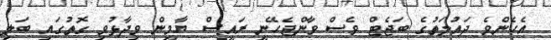
އެހެންވެ ދައުލަތުގެ ބަޖެޓް ވެސް ވާންޖެހޭނީ ރައީސް ޔާމީން ވިދާޅުވި ގޮތުގައި ބަލި